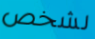
لشخص